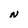
Character: N